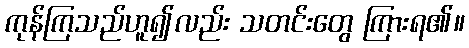
ကုန်ကြသည်ဟူ၍လည်း သတင်းတွေ ကြားရ၏။